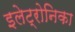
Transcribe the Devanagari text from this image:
इलेट्रोनिका